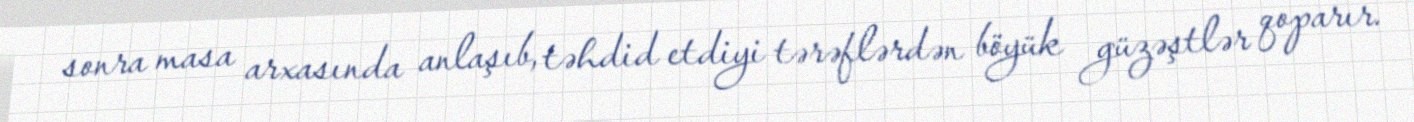
sonra masa arxasında anlaşıb, təhdid etdiyi tərəflərdən böyük güzəştlər qoparır.